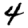
Digit: 4